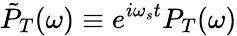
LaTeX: \tilde{P}_{T}(\omega)\equiv e^{i\omega_{s}t}P_{T}(\omega)